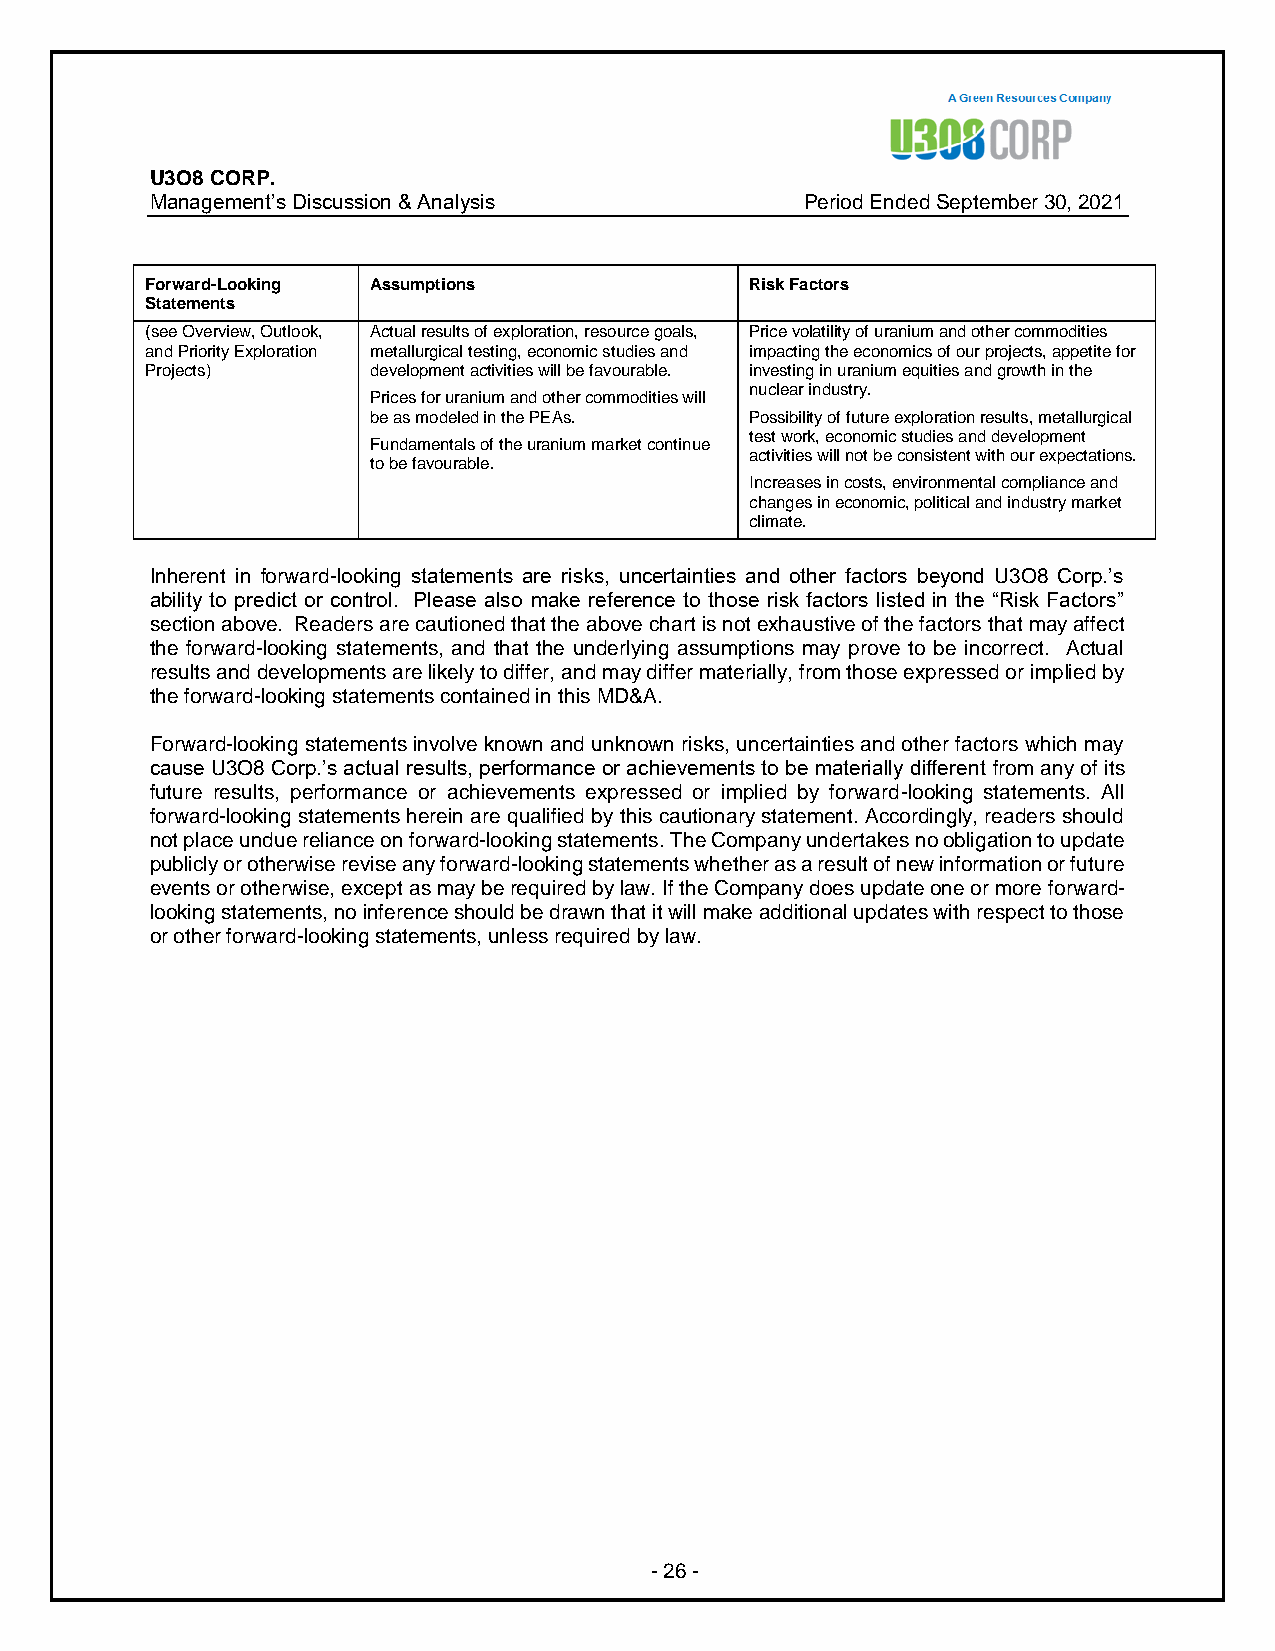
U3O8 CORP.
 Management’s Discussion & Analysis         Period Ended September 30, 2021
 Forward-Looking Assumptions             Risk Factors
 Statements
 (see Overview, Outlook, Actual results of exploration, resource goals, Price volatility of uranium and other commodities
 and Priority Exploration metallurgical testing, economic studies and impacting the economics of our projects, appetite for
 Projects)     development activities will be favourable. investing in uranium equities and growth in the
 nuclear industry.
 Prices for uranium and other commodities will
 be as modeled in the PEAs. Possibility of future exploration results, metallurgical
 test work, economic studies and development
 Fundamentals of the uranium market continue
 activities will not be consistent with our expectations.
 to be favourable.
 Increases in costs, environmental compliance and
 changes in economic, political and industry market
 climate.
 Inherent in forward-looking statements are risks, uncertainties and other factors beyond U3O8 Corp.’s
 ability to predict or control. Please also make reference to those risk factors listed in the “Risk Factors”
 section above. Readers are cautioned that the above chart is not exhaustive of the factors that may affect
 the forward-looking statements, and that the underlying assumptions may prove to be incorrect. Actual
 results and developments are likely to differ, and may differ materially, from those expressed or implied by
 the forward-looking statements contained in this MD&A.
 Forward-looking statements involve known and unknown risks, uncertainties and other factors which may
 cause U3O8 Corp.’s actual results, performance or achievements to be materially different from any of its
 future results, performance or achievements expressed or implied by forward-looking statements. All
 forward-looking statements herein are qualified by this cautionary statement. Accordingly, readers should
 not place undue reliance on forward-looking statements. The Company undertakes no obligation to update
 publicly or otherwise revise any forward-looking statements whether as a result of new information or future
 events or otherwise, except as may be required by law. If the Company does update one or more forward-
 looking statements, no inference should be drawn that it will make additional updates with respect to those
 or other forward-looking statements, unless required by law.
 - 26 -